Notes on vaccination in the North-West Frontier Province 1923-1928 - 1923-1928
Year: 1923
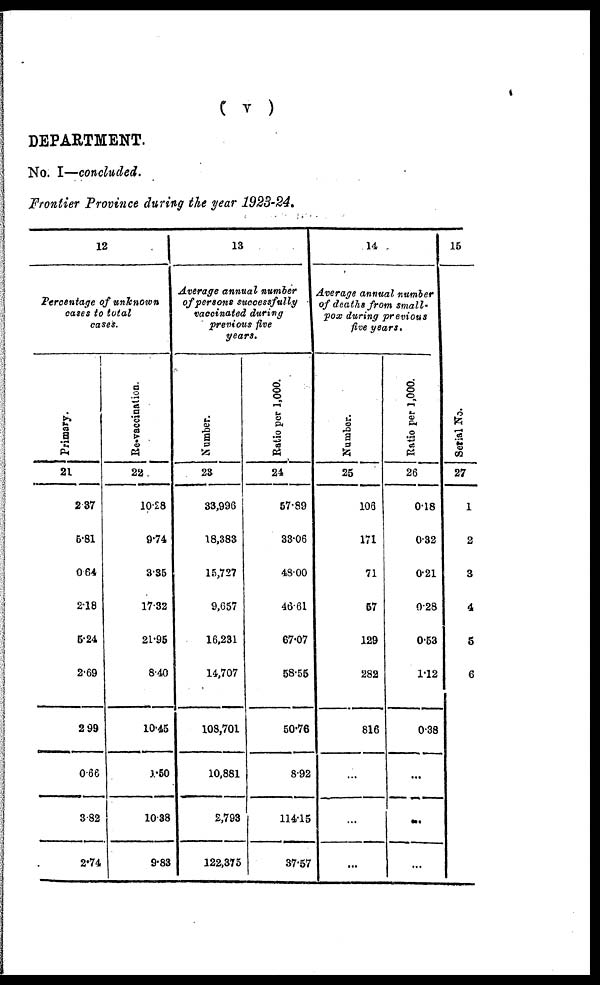
( v )
DEPARTMENT.
No. I—concluded.
Frontier Province during the year 1923-24.
12
Percentage of unknown
cases to total
cases.
Primary.
21
2.37
5.81
0.64
2.18
5.24
2.69
2.99
0.66
3.82
2.74
Re-vaccination.
22
10.28
9.74
3.35
17.32
21.95
8.40
10.45
1.50
10.38
9.83
13
Average annual number
of persons successfully
vaccinated during
previous five
years.
Number.
23
33,996
18,383
15,727
9,657
16,231
14,707
108,701
10,881
2,793
122,375
Ratio per 1,000.
24
57.89
33.06
48.00
46.61
67.07
58.55
50.76
8.92
114.15
37.57
14
Average annual number
of deaths from small-
pox during previous
five years.
Number.
25
106
171
71
57
129
282
816
...
...
...
Ratio per 1,000.
26
0.18
0.32
0.21
0.28
0.53
1.12
0.38
...
...
...
15
Serial No.
27
1
2
3
4
5
6